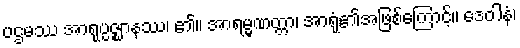
ပဌမဿ အာရုပ္ပဇ္ဈာနဿ၊ ၏။ အာရမ္မဏတ္တာ၊ အာရုံ၏အဖြစ်ကြောင့်။ ဒေဝါနံ၊